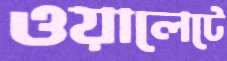
ওয়ালেটে